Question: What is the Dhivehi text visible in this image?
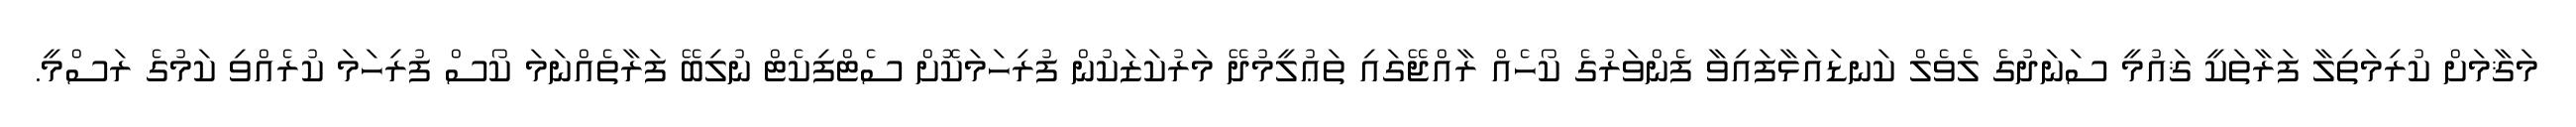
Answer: މަޤާމަށް ކުރިމަތިލާ ފަރާތަކީ ޤައުމީ ސަނަދުގެ ލެވެލް ކަނޑައަޅާފައިވާ ފެންވަރުގެ ކޯހެއް ރާއްޖޭގައި ތަޢުލީމުދޭ މަރުކަޒަކުން ފުރިހަމަކޮށް ސެޓްފިކެޓް ނުލިބޭ ފަރާތެއްނަމަ ކޯސް ފުރިހަމަ ކުރެއްވި ކަމުގެ ރަސްމީ.